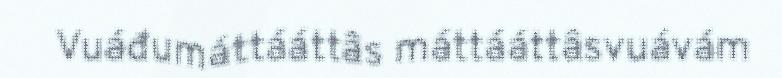
Vuáđumáttááttâs máttááttâsvuávám